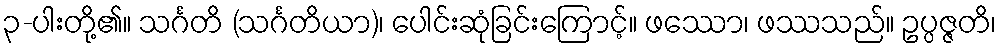
၃-ပါးတို့၏။ သင်္ဂတိ (သင်္ဂတိယာ)၊ ပေါင်းဆုံခြင်းကြောင့်။ ဖဿော၊ ဖဿသည်။ ဥပ္ပဇ္ဇတိ၊